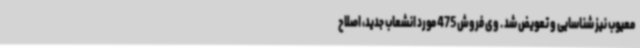
معیوب نیز شناسایی و تعویض شد . وی فروش 475 مورد انشعاب جدید، اصلاح